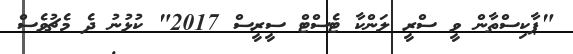
"ޕާކިސްތާން ވީ ސްރީ ލަންކާ ޓެސްޓް ސީރީސް 2017" ކުޅުނު ދެ މެޗުވެސް